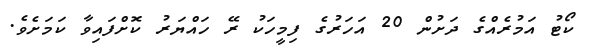
ކޯޓު އަމުރެއްގެ ދަށުން 20 އަހަރުގެ ފިމީހަކު ރޭ ހައްޔަރު ކޮށްފައިވާ ކަމަށެވެ.